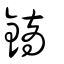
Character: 鏑